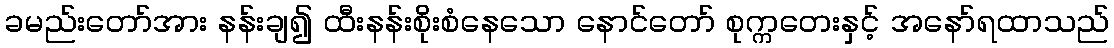
ခမည်းတော်အား နန်းချ၍ ထီးနန်းစိုးစံနေသော နောင်တော် စုက္ကတေးနှင့် အနော်ရထာသည်